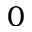
0